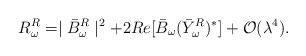
\begin{align*}R^R_\omega=\mid\bar{B}^R_\omega\mid^2+2Re[\bar{B}_\omega(\bar{Y}^R_\omega)^\ast]+{\cal O}(\lambda^4).\end{align*}